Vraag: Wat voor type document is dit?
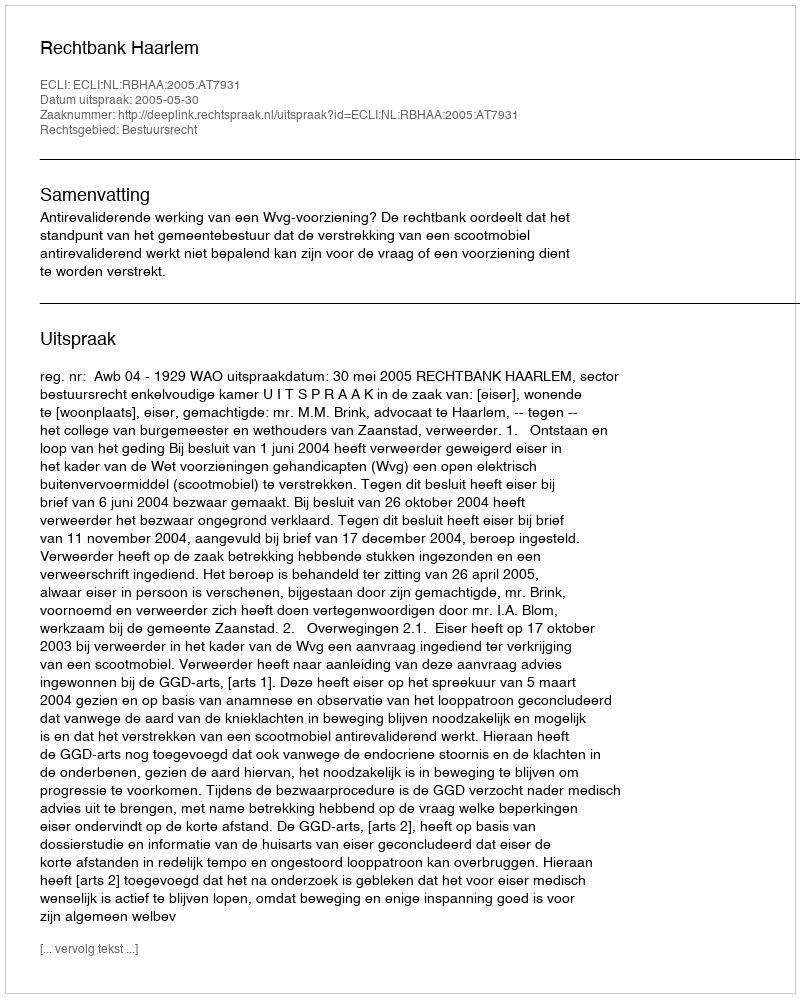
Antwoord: Uitspraak